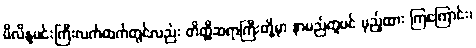
မိလိန္ဒမင်းကြီးလက်ထက်တွင်လည်း တိတ္ထိဆရာကြီးတို့မှာ နာမည်တူပင် မှည့်ထား ကြကြောင်း၊